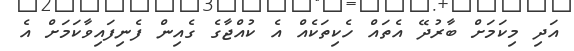
އަދި މިކަމަށް ބާރުދޭ އެތައް ހެކިތަކެއް އެ ކުއްޖާގެ ގެއިން ފެނިފައިވާކަމަށް އެ